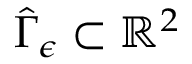
\hat { \Gamma } _ { \epsilon } \subset \mathbb { R } ^ { 2 }